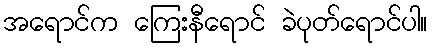
အရောင်က ကြေးနီရောင် ခဲပုတ်ရောင်ပါ။